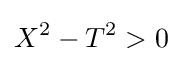
X^{2}-T^{2}>0